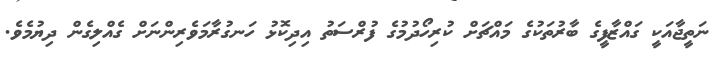
ނަތީޖާއަކީ ގައްޒާފީގެ ބާރުތަކުގެ މައްޗަށް ކުރިހޯދުމުގެ ފުރްސަތު އިދިކޮޅު ހަނގުރާމަވެރިންނަށް ގެއްލިގެން ދިޔުމެވެ.